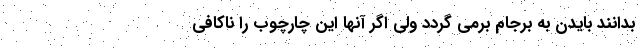
بدانند بایدن به برجام برمی گردد ولی اگر آنها این چارچوب را ناکافی